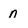
Character: n